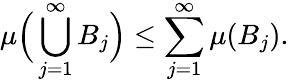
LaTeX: \mu{\Big(}\bigcup_{j=1}^{\infty}B_{j}{\Big)}\leq\sum_{j=1}^{\infty}\mu(B_{j}).